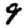
Digit: 9